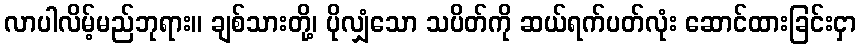
လာပါလိမ့်မည်ဘုရား။ ချစ်သားတို့၊ ပိုလျှံသော သပိတ်ကို ဆယ်ရက်ပတ်လုံး ဆောင်ထားခြင်းငှာ